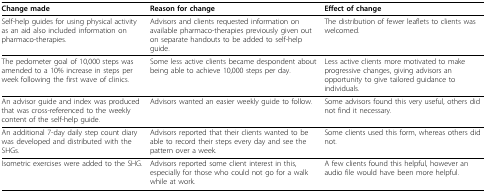
| Change made | Reason for change | Effect of change |
 | --- | --- | --- |
 | Self-help guides for using physical activity as an aid also included information on pharmaco-therapies. | Advisors and clients requested information on available pharmaco-therapies previously given out on separate handouts to be added to self-help guide. | The distribution of fewer leaflets to clients was welcomed. |
 | The pedometer goal of 10,000 steps was amended to a 10% increase in steps per week following the first wave of clinics. | Some less active clients became despondent about being able to achieve 10,000 steps per day. | Less active clients more motivated to make progressive changes, giving advisors an opportunity to give tailored guidance to individuals. |
 | An advisor guide and index was produced that was cross-referenced to the weekly content of the self-help guide. | Advisors wanted an easier weekly guide to follow. | Some advisors found this very useful, others did not find it necessary. |
 | An additional 7-day daily step count diary was developed and distributed with the SHGs. | Advisors reported that their clients wanted to be able to record their steps every day and see the pattern over a week. | Some clients used this form, whereas others did not. |
 | Isometric exercises were added to the SHG. | Advisors reported some client interest in this, especially for those who could not go for a walk while at work. | A few clients found this helpful, however an audio file would have been more helpful. |